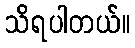
သိရပါတယ်။